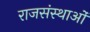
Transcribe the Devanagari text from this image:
राजसंस्थाओं